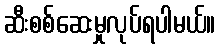
ဆီးစစ်ဆေးမှုလုပ်ရပါမယ်။